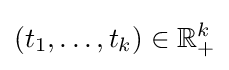
(t_{1},\dots ,t_{k})\in \mathbb {R} _{+}^{k}